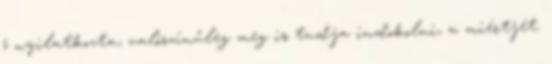
ő nyilatkozta, valószínűleg meg is tudja indokolni, a miértjét.